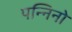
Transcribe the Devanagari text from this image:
पन्निनो